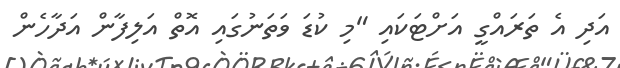
އަދި އެ ތަރައްގީ އަށްޓަކައި "މި ކުޑަ ވަތަނުގައި އޮތް އަލިފާން އަދާހެން